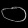
Digit: ၀